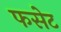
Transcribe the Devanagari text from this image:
फसेट